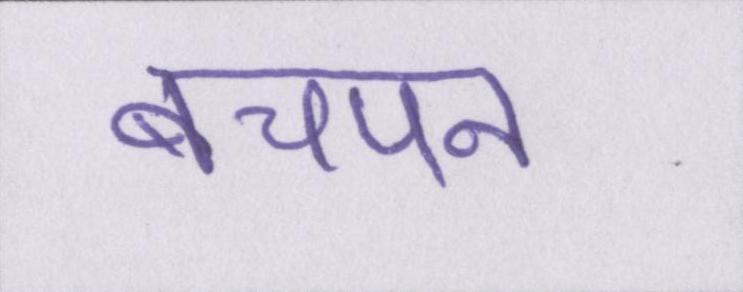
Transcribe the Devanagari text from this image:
बचपन